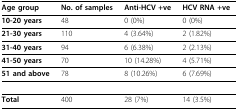
| Age group | No. of samples | Anti-HCV +ve | HCV RNA +ve |
 | --- | --- | --- | --- |
 | 10-20 years | 48 | 0 (0%) | 0 (0%) |
 | 21-30 years | 110 | 4 (3.64%) | 2 (1.82%) |
 | 31-40 years | 94 | 6 (6.38%) | 2 (2.13%) |
 | 41-50 years | 70 | 10 (14.28%) | 4 (5.71%) |
 | 51 and above | 78 | 8 (10.26%) | 6 (7.69%) |
 | Total | 400 | 28 (7%) | 14 (3.5%) |